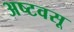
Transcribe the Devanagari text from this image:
अष्टवसू